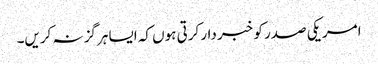
امریکی صدر کو خبر دار کرتی ہوں کہ ایسا ہرگز نہ کریں۔